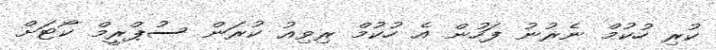
ކުރި ހުކުމް ނެރުނު ފަހުން އެ ހުކުމް ރިވިއު ކުރަން ސުޕްރީމް ކޯޓަށް